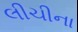
લીચીના